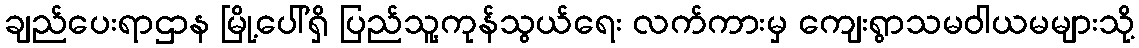
ချည်ပေးရာဌာန မြို့ပေါ်ရှိ ပြည်သူ့ကုန်သွယ်ရေး လက်ကားမှ ကျေးရွာသမဝါယမများသို့